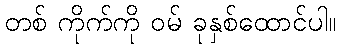
တစ် ကိုက်ကို ဝမ် ခုနှစ်ထောင်ပါ။